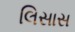
લિસાસ